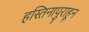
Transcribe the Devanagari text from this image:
हस्तिनापुराहून